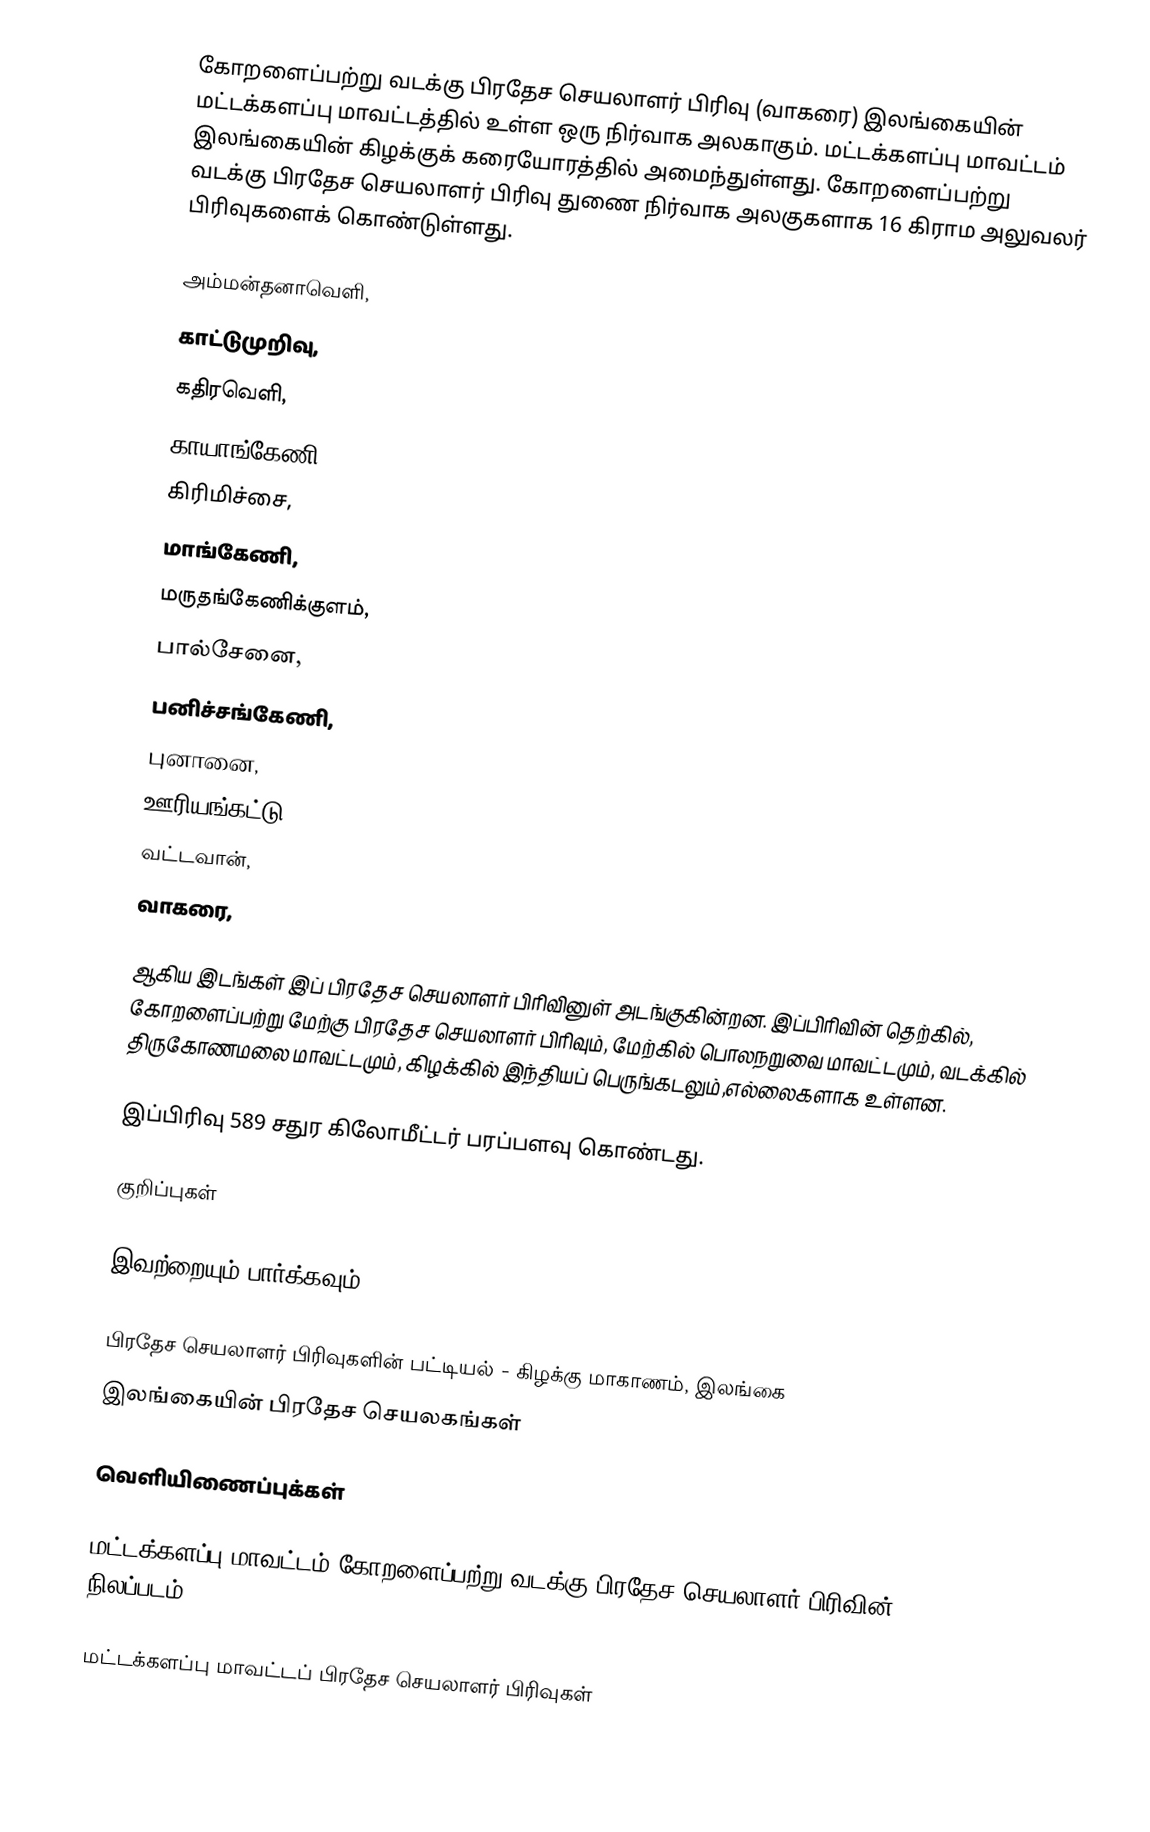
கோறளைப்பற்று வடக்கு பிரதேச செயலாளர் பிரிவு (வாகரை) இலங்கையின் மட்டக்களப்பு மாவட்டத்தில் உள்ள ஒரு நிர்வாக அலகாகும். மட்டக்களப்பு மாவட்டம் இலங்கையின் கிழக்குக் கரையோரத்தில் அமைந்துள்ளது. கோறளைப்பற்று வடக்கு பிரதேச செயலாளர் பிரிவு துணை நிர்வாக அலகுகளாக 16 கிராம அலுவலர் பிரிவுகளைக் கொண்டுள்ளது.

 அம்மன்தனாவெளி,
 காட்டுமுறிவு,
 கதிரவெளி,
 காயாங்கேணி,
 கிரிமிச்சை,
 மாங்கேணி,
 மருதங்கேணிக்குளம்,
 பால்சேனை,
 பனிச்சங்கேணி,
 புனானை,
 ஊரியங்கட்டு,
 வட்டவான்,
 வாகரை,

ஆகிய இடங்கள் இப் பிரதேச செயலாளர் பிரிவினுள் அடங்குகின்றன. இப்பிரிவின் தெற்கில், கோறளைப்பற்று மேற்கு பிரதேச செயலாளர் பிரிவும், மேற்கில் பொலநறுவை மாவட்டமும், வடக்கில் திருகோணமலை மாவட்டமும், கிழக்கில் இந்தியப் பெருங்கடலும்,எல்லைகளாக உள்ளன.

இப்பிரிவு 589 சதுர கிலோமீட்டர் பரப்பளவு கொண்டது.

குறிப்புகள்

இவற்றையும் பார்க்கவும்

 பிரதேச செயலாளர் பிரிவுகளின் பட்டியல் - கிழக்கு மாகாணம், இலங்கை
 இலங்கையின் பிரதேச செயலகங்கள்

வெளியிணைப்புக்கள்

 மட்டக்களப்பு மாவட்டம் கோறளைப்பற்று வடக்கு பிரதேச செயலாளர் பிரிவின் நிலப்படம்

மட்டக்களப்பு மாவட்டப் பிரதேச செயலாளர் பிரிவுகள்